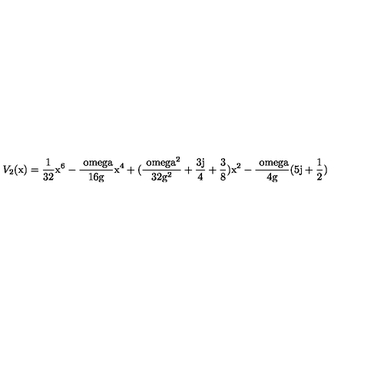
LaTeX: V _ { 2 } ( \mathrm { x ) = \frac { 1 } { 3 2 } \mathrm { x ^ { 6 } - \frac { \ o m e g a } { 1 6 \mathrm { g } } \mathrm { x ^ { 4 } + ( \frac { \ o m e g a ^ { 2 } } { 3 2 \mathrm { g ^ { 2 } } } + \frac { 3 j } { 4 } + \frac { 3 } { 8 } ) \mathrm { x ^ { 2 } - \frac { \ o m e g a } { 4 \mathrm { g } } ( 5 j + \frac { 1 } { 2 } ) } } } }